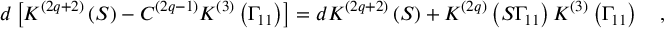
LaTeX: d \left[ K ^ { \left( 2 q + 2 \right) } \left( S \right) - C ^ { \left( 2 q - 1 \right) } K ^ { \left( 3 \right) } \left( \Gamma _ { 1 1 } \right) \right] = d K ^ { \left( 2 q + 2 \right) } \left( S \right) + K ^ { \left( 2 q \right) } \left( S \Gamma _ { 1 1 } \right) K ^ { \left( 3 \right) } \left( \Gamma _ { 1 1 } \right) \quad ,